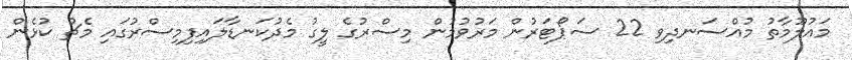
މައުލޫމާތު މުއްސަނދިވި 22 ސަޕޯޓަރުން މަރުވުމުން މިސްރުގެ ލީގު މެދުކަނޑާލައިފިމިސްރުގައި މެޗު ކުޅެން